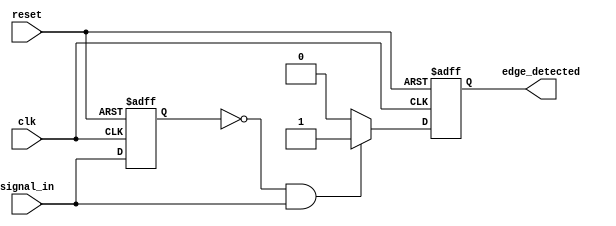
module rising_edge_detector (
    input wire clk,               // Clock input
    input wire reset,             // Asynchronous reset
    input wire signal_in,         // Input signal to detect rising edge
    output reg edge_detected      // Output signal indicating rising edge
);

    reg previous_state;           // Register to hold the previous state of signal_in

    // Asynchronous reset and edge detection logic
    always @(posedge clk or posedge reset) begin
        if (reset) begin
            previous_state <= 1'b0;  // Initialize previous_state to 0 on reset
            edge_detected <= 1'b0;    // Initialize edge_detected to 0 on reset
        end else begin
            // Edge detection logic
            if (previous_state == 1'b0 && signal_in == 1'b1) begin
                edge_detected <= 1'b1;  // Rising edge detected
            end else begin
                edge_detected <= 1'b0;   // No rising edge detected
            end
            
            // Update previous_state to current signal_in
            previous_state <= signal_in;
        end
    end

endmodule